Punjab Mental Hospital Lahore 1932-46 - 1932-1946
Year: 1932
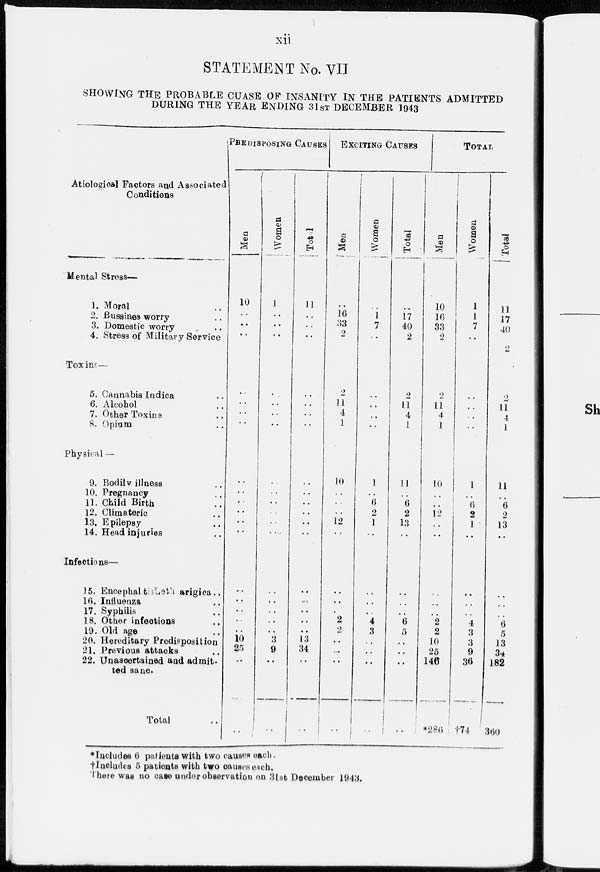
xii
STATEMENT No. VII
SHOWING THE PROBABLE CUASE OF INSANITY IN THE PATIENTS ADMITTED
DURING THE YEAR ENDING 31ST DECEMBER 1943
Atiological Factors and Associated
Conditions
Mental Stress—
1. Moral ..
2. Bussines worry ..
3. Domestic worry ..
4. Stress of Military Service
Toxins —
5. Cannabis Indica ..
6. Alcohol ..
7. Other Toxins ..
8. Opium ..
Physical —
9. Bodily illness ..
10. Pregnancy ..
11. Child Birth ..
12. Climateric ..
13. Epilepsy ..
14. Head injuries ..
Infections— ..
35. EncephaletLeth arigica..
16. Influenza ..
17. Syphilis ..
18. Other infections ..
19. Old age ..
20. Hereditary Predisposition
21. Previous attacks ..
22. Unascertained and admit-
ted sane.
Total ..
PREDISPOSING CAUSES
Men
10
..
..
..
..
..
..
..
..
..
..
..
..
..
..
..
..
..
..
..
10
25
..
..
Women
1
..
..
..
..
..
..
..
..
..
..
..
..
..
..
..
..
..
..
..
3
9
..
..
Total
11
..
..
..
..
..
..
..
..
..
..
..
..
..
..
..
..
..
..
..
13
34
..
..
EXCITING CAUSES
Men
..
16
33
2
2
l1
4
1
10
..
..
..
12
..
..
..
..
2
2
2
..
..
..
..
Women
..
1
7
..
..
..
..
..
1
..
6
2
1
..
..
..
..
4
4
3
..
..
..
..
Total
..
17
40
2
2
11
4
1
11
..
6
2
13
..
..
..
..
6
6
5
..
..
..
TOTAL
Men
10
16
33
2
2
11
4
1
10
..
..
12
..
..
..
..
..
2
2
2
10
25
146
*286
Women
1
1
7
..
..
..
..
..
1
..
6
2
1
..
..
..
..
..
4
3
3
9
36
†74
Total
11
17
40
2
2
11
4
1
11
..
6
2
13
..
..
..
..
2
6
5
13
34
182
360
*Includes 6 patients with two causes each.
†lncludes 5 patients with two causes each.
There was no case under observation on 3lst December 1943.